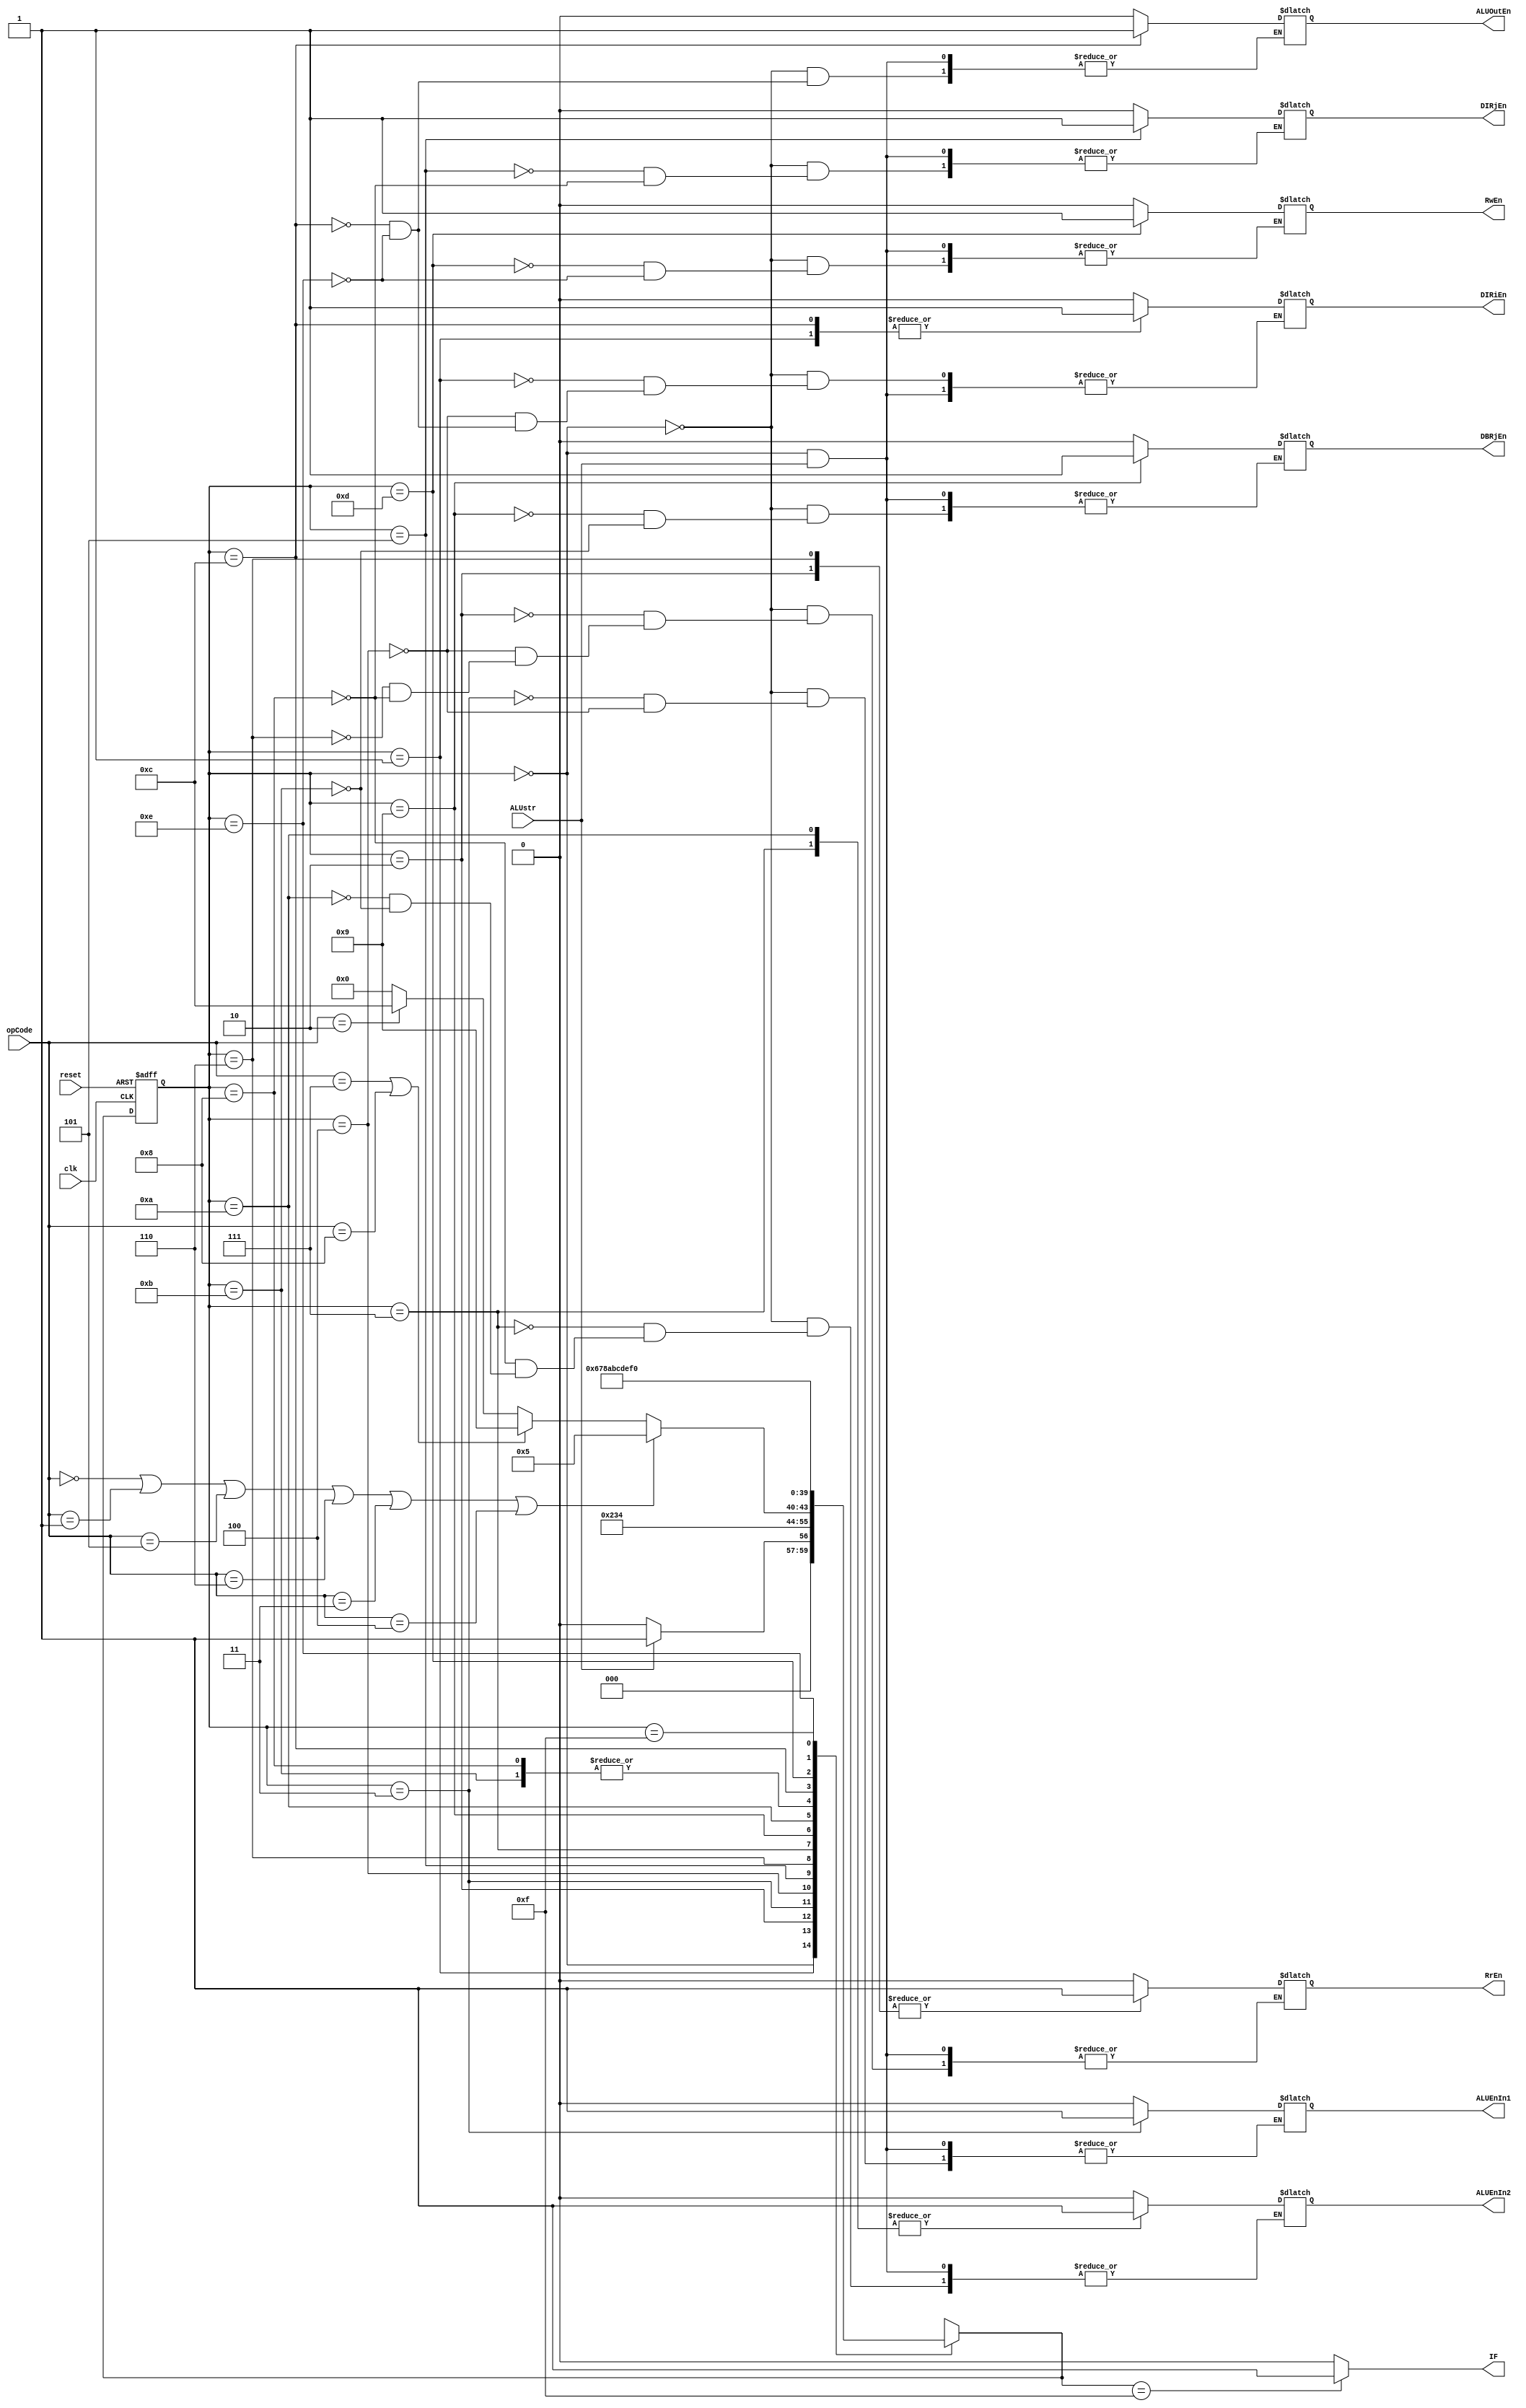

module ALU_FSM(clk, reset, ALUstr, opCode, DIRiEn, DIRjEn, DBRjEn, RrEn, RwEn,
			  ALUEnIn1, ALUEnIn2, ALUOutEn, IF);
	
	input wire clk, reset, ALUstr;
	input wire[3:0] opCode;
	
	reg[3:0] currState, nextState;
	
	//DecoderSignals
	output reg DIRiEn, DIRjEn, DBRjEn;

	//RegisterSignals
	output reg RrEn, RwEn;
	
	//ALU signals
	output reg ALUEnIn1, ALUEnIn2, ALUOutEn;
	
	//IF (FSM) signal
	output reg IF;
	
	parameter ADD = 4'd0, SUB = 4'd1, NOT = 4'd2, AND = 4'd3,
		  OR = 4'd4 , XOR = 4'd5, XNOR = 4'd6, ADDI = 4'd7,
		  SUBI = 4'd8;
	
	parameter S0 = 4'd0, S1 = 4'd1, S2 = 4'd2, S3 = 4'd3, S4 = 4'd4, S411 = 4'd5, S412 = 4'd6,
			  S413 = 4'd7, S414 = 4'd8, S421 = 4'd9, S422 = 4'd10, S423 = 4'd11, S5 = 4'd12,
			  S6 = 4'd13, S7 = 4'd14, S8 = 4'd15;

 	always @(posedge clk or posedge reset)
	begin
		if(reset == 1)
		begin
			currState <= S0;
		end
		else currState <= nextState;
	end
	
	always @(currState or ALUstr)
	begin
		case(currState)
			S0: begin
				if(ALUstr == 1) nextState <= S1;
				else
				begin
					RrEn <= 0;
					RwEn <= 0;
					DIRjEn <= 0;
					DBRjEn <= 0;
					DIRiEn <= 0;
					ALUEnIn1 <= 0;
					ALUEnIn2 <= 0;
					ALUOutEn <= 0;
					nextState <= S0;
				end
			end
			S1: begin
				DIRiEn <= 1;
				nextState <= S2;
			end
			S2: begin
				RrEn <= 1;
				nextState <= S3;
			end
			S3: begin
				ALUEnIn1 <= 1;
				nextState <=  S4;
			end
			S4: begin
				RrEn <= 0;
				ALUEnIn1 <= 0;
				DIRiEn <= 0;
				if(opCode == ADD || opCode == SUB || opCode == XOR ||
				   opCode == XNOR || opCode == AND || opCode == OR)
						nextState <= S411;
				else if(opCode == ADDI || opCode == SUBI)
						nextState <= S421;
				else if(opCode == NOT)
						nextState <= S5;
				else nextState <= S0;
			end
			S411: begin
				DIRjEn <= 1;
				nextState <= S412;
			end
			S412: begin
				RrEn <= 1;
				nextState <= S413;
			end
			S413: begin
				ALUEnIn2 <= 1;
				nextState <= S414;
			end
			S414: begin
				ALUEnIn2 <= 0;
				RrEn <= 0;
				DIRjEn <= 0;
				nextState <= S5;
			end
			// ADDI and SUBI
			S421: begin
				DBRjEn <= 1;
				nextState <= S422;
			end
			S422: begin
				ALUEnIn2 <= 1;
				nextState <= S423;
			end
			S423: begin
				ALUEnIn2 <= 0;
				DBRjEn <= 0;
				nextState <= S5;
			end
			S5: begin
				DIRiEn <= 1;
				ALUOutEn <= 1;
				nextState <= S6;
			end
			S6: begin
				RwEn <= 1;
				nextState <= S7;
			end
			S7: begin
				ALUOutEn <= 0;
				RwEn <= 0;
				DIRiEn <= 0;
				nextState <= S8;
			end
			S8: begin
				nextState <= S0;
			end
			default: begin
				nextState <= S0;
			end
		endcase
	end
	
	always @(nextState)
	begin
		if(nextState == S8) IF <= 1;
		else IF <= 0;
	end
endmodule